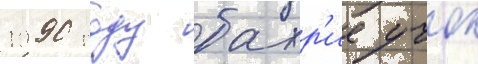
1990 году бахр'ие учок